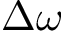
\Delta \omega